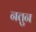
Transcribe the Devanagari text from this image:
नतुन